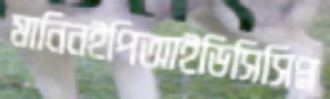
মানিনইপিআইডিসিসিপ্ল